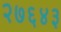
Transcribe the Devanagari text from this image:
२७६४३